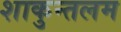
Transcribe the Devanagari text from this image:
शाकुन्तलम